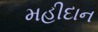
મહીદાન